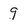
Character: 9